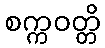
စက္ကဝတ္တိ